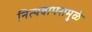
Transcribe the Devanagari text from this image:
नित्यवापरामुळे